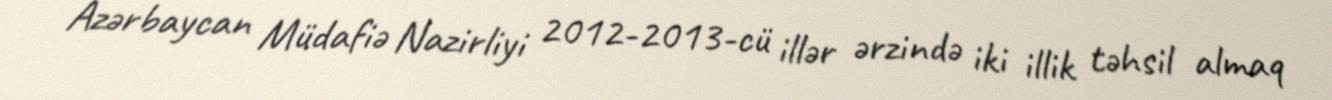
Azərbaycan Müdafiə Nazirliyi 2012-2013-cü illər ərzində iki illik təhsil almaq